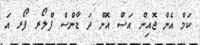
ކަމް އެން ޖޮއިން އަސް އޮން ދަ ޑާންސް ފްލޯރ ފޯރ އަ